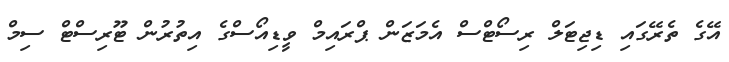
އޭގެ ތެރޭގައި ޑިޖިޓަލް ރިސޯޓްސް އެމަޒަން ޕްރައިމް ވީޑިއޯސްގެ އިތުރުން ޓޫރިސްޓް ސިމް